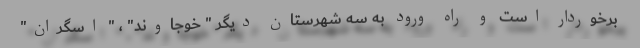
برخوردار است و راه ورود به سه شهرستان دیگر " خوجاوند" ، " اسگران"